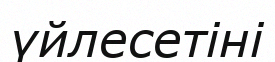
үйлесетіні